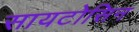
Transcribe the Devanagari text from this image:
सायटोसिन